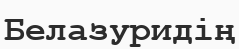
Белазуридің